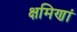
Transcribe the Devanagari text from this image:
क्षमिणां